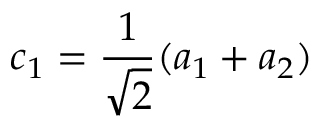
c _ { 1 } = \frac { 1 } { \sqrt { 2 } } ( a _ { 1 } + a _ { 2 } )